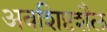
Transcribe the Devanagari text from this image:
अवशिष्टशैल